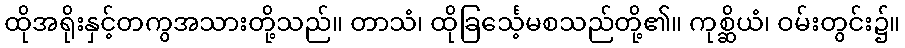
ထိုအရိုးနှင့်တကွအသားတို့သည်။ တာသံ၊ ထိုခြင်္သေ့မစသည်တို့၏။ ကုစ္ဆိယံ၊ ဝမ်းတွင်း၌။